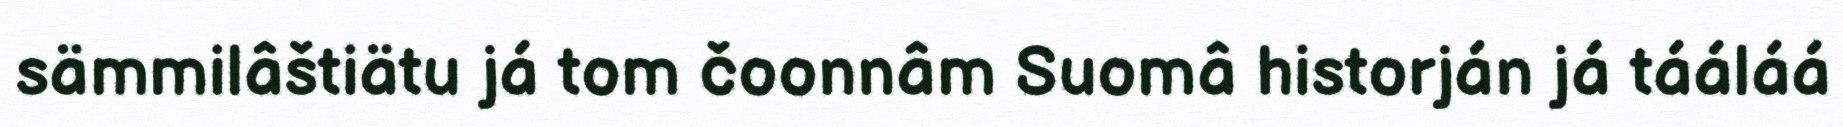
sämmilâštiätu já tom čoonnâm Suomâ historján já tááláá